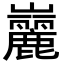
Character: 𪩠